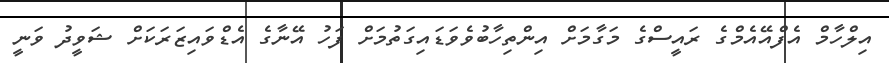
އިލްހާމް އެފްއޭއެމްގެ ރައީސްގެ މަގާމަށް އިންތިހާބުވެވަޑައިގަތުމަށް ފަހު އޭނާގެ އެޑްވައިޒަރަކަށް ޝަވީދު ވަނީ